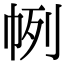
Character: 𢂥